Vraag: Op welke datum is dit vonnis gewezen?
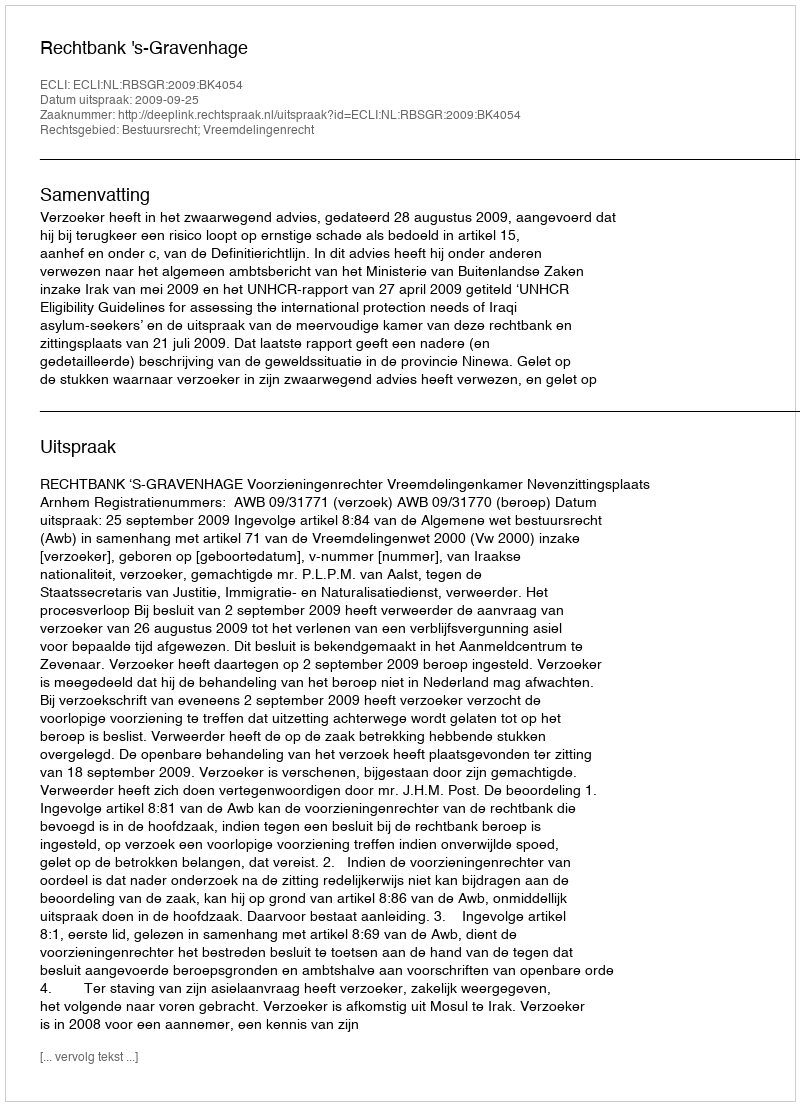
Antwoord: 2009-09-25